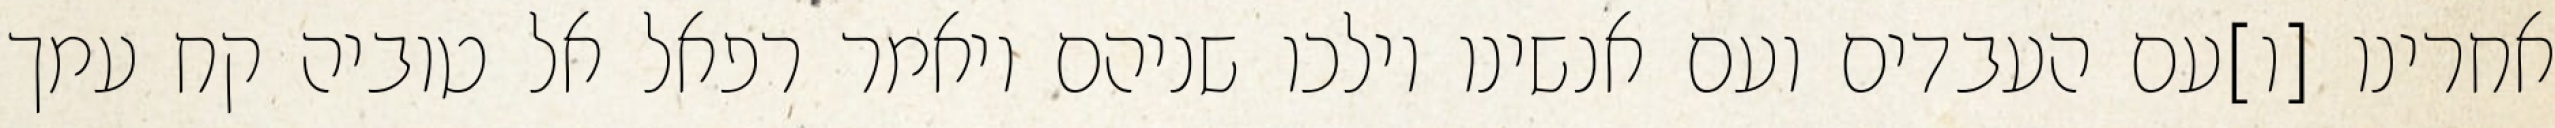
אחרינו [ו]עם העבדים ועם אנשינו וילכו שניהם ויאמר רפאל אל טוביה קח עמך